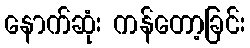
နောက်ဆုံး ကန်တော့ခြင်း